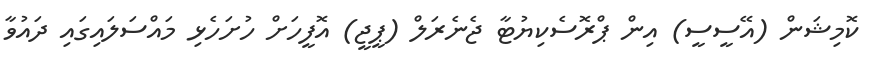
ކޮމިޝަން (އޭސީސީ) އިން ޕްރޮސެކިޔުޓާ ޖެނެރަލް (ޕީޖީ) އޮފީހަށް ހުށަހެޅި މައްސަލައިގައި ދައުވާ